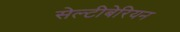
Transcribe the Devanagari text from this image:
सेल्टीबेरियन